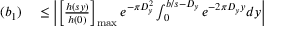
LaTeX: \begin{array} { r l } { ( b _ { 1 } ) } & { { } \leq \left| \left[ { \frac { h ( s y ) } { h ( 0 ) } } \right] _ { \operatorname* { m a x } } e ^ { - \pi D _ { y } ^ { 2 } } \int _ { 0 } ^ { b / s - D _ { y } } e ^ { - 2 \pi D _ { y } y } d y \right| } \end{array}